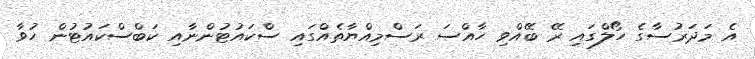
އެ މަދަރުސާގެ ހޯލްގައި ރޭ ބޭއްވި ހާއްސަ ރަސްމިއްޔާތެއްގައި ސްކައުޓުންނާއި ކަބްސްކައުޓުން ހުވާ